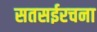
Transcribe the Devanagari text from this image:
सतसईरचना